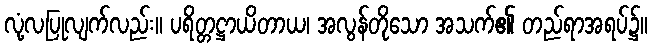
လုံ့လပြုလျက်လည်း။ ပရိတ္တဋ္ဌာယိတာယ၊ အလွန်တိုသော အသက်၏ တည်ရာအရပ်၌။